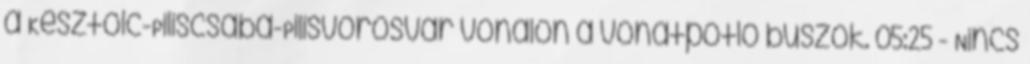
a Kesztölc-Piliscsaba-Pilisvörösvár vonalon a vonatpótló buszok. 05:25 - Nincs